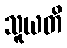
သူယတိ